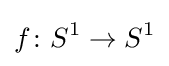
f\colon S^{1}\to S^{1}